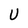
Character: U